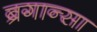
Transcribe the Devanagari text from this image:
ब्रगान्सा